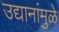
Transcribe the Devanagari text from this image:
उद्यानांमुळे